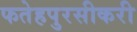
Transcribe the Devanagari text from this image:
फतेहपुरसीकरी